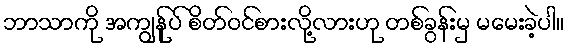
ဘာသာကို အကျွန်ုပ် စိတ်ဝင်စားလို့လားဟု တစ်ခွန်းမှ မမေးခဲ့ပါ။